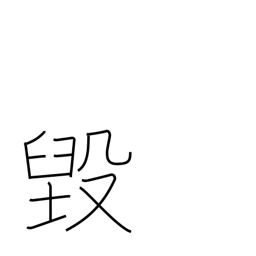
Meaning: be chipped